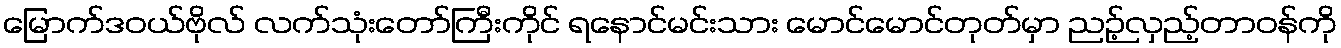
မြောက်ဒဝယ်ဗိုလ် လက်သုံးတော်ကြီးကိုင် ရနောင်မင်းသား မောင်မောင်တုတ်မှာ ညဉ့်လှည့်တာဝန်ကို